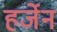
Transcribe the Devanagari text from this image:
हर्जेन